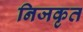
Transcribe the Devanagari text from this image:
निजकृत